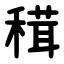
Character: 穁